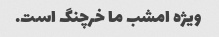
ویژه امشب ما خرچنگ است.